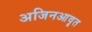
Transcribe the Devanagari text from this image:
अजिनआवृत